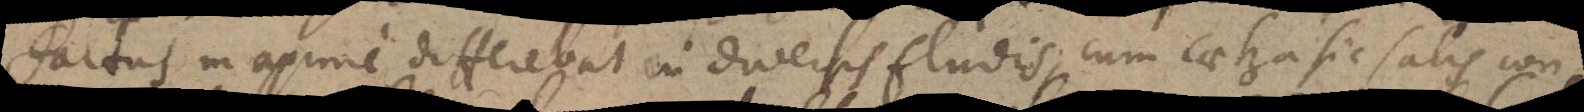
Saltus maxime differebat in diversis fluidis, cum caetera sic satis con-